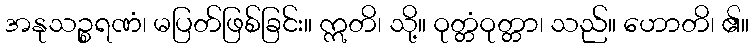
အနုသဉ္စရဏံ၊ မပြတ်ဖြစ်ခြင်း။ ဣတိ၊ သို့။ ဝုတ္တံဝုတ္တာ၊ သည်။ ဟောတိ၊ ၏။